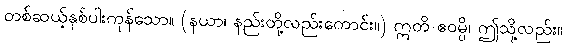
တစ်ဆယ့်နှစ်ပါးကုန်သော။ (နယာ၊ နည်းတို့လည်းကောင်း။) ဣတိ ဧဝမ္ပိ၊ ဤသို့လည်း။